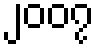
၂၀၀၇